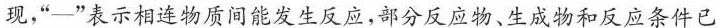
现，”—”表示相连物质间能发生反应，部分反应物、生成物和反应条件已